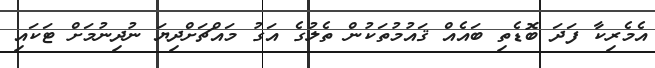
އެމެރިކާ ފަދަ ބޮޑެތި ބައެއް ޤައުމުތަކުން ތެލުގެ އަގު މައްޗަށްދިޔަ ނުދިނުމަށް ޓަކައި